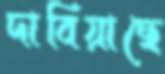
দাবিয়াছে